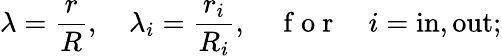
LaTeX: \lambda=\frac{r}{R},\quad\lambda_{i}=\frac{r_{i}}{R_{i}},\quad\mathrm{~f~o~r~}\quad{i}=\mathrm{in},\mathrm{out};